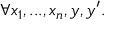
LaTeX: \forall x _ { 1 } , . . . , x _ { n } , y , y ^ { \prime } .